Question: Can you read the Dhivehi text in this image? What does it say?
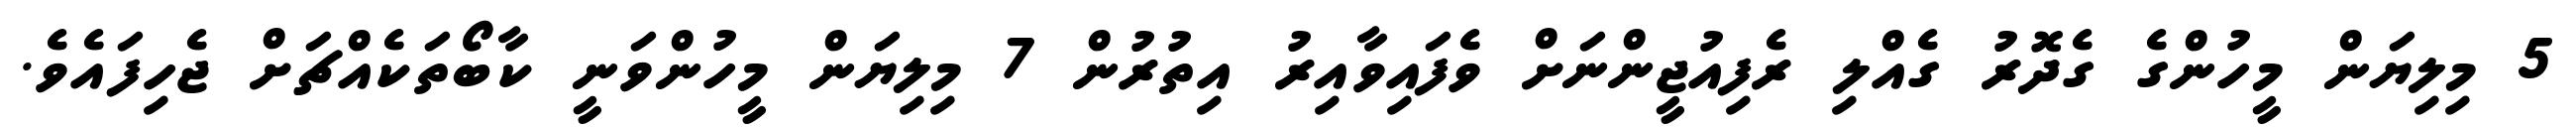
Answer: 5 މިލިޔަން މީހުންގެ ގެދޮރު ގެއްލި ރެފިއުޖީންނަށް ވެފައިވާއިރު އިތުރުން 7 މިލިޔަން މީހުންވަނީ ކާބޯތަކެއްޗަށް ޖެހިފައެވެ.